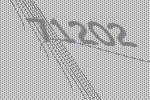
71202